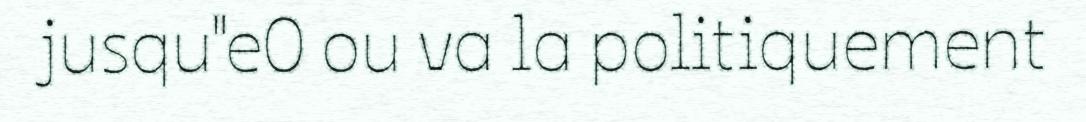
jusqu"e0 ou va la politiquement